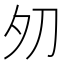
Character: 𱘦